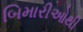
બિમારીઓથી